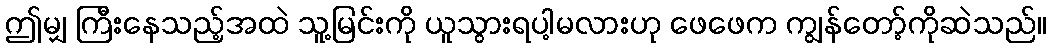
ဤမျှ ကြီးနေသည့်အထဲ သူ့မြင်းကို ယူသွားရပါ့မလားဟု ဖေဖေက ကျွန်တော့်ကိုဆဲသည်။